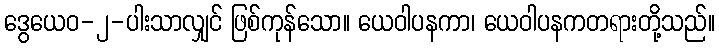
ဒွေယေဝ-၂-ပါးသာလျှင် ဖြစ်ကုန်သော။ ယေဝါပနကာ၊ ယေဝါပနကတရားတို့သည်။